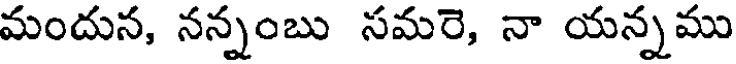
మందున, నన్నంబు సమరె, నా యన్నము